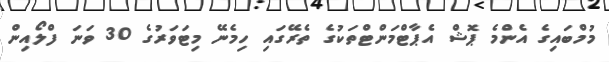
މުމްބައިގެ އެންމެ ޕޮޝް އެޕާޓްމަންޓްތަކުގެ ތެރޭގައި ހިމެނޭ މިޓަވަރުގެ 30 ވަނަ ފްލޯއިން